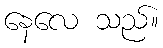
နေလေ သည်။